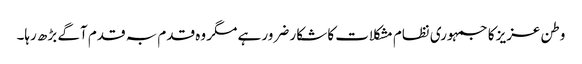
وطن عزیز کا جمہوری نظام مشکلات کا شکار ضرور ہے مگر وہ قدم بہ قدم آگے بڑھ رہا۔